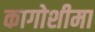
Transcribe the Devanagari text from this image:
कागोशीमा